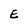
Character: E